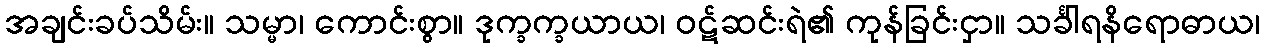
အချင်းခပ်သိမ်း။ သမ္မာ၊ ကောင်းစွာ။ ဒုက္ခက္ခယာယ၊ ဝဋ်ဆင်းရဲ၏ ကုန်ခြင်းငှာ။ သင်္ခါရနိရောဓာယ၊